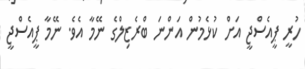
ހުރީ ޕީއެސްޖީ އަށް ކުޅެމުން އަންނަ ބްރެޒިލްގެ ނޭމާ އެވެ. ނޭމާ ޕީއެސްޖީ